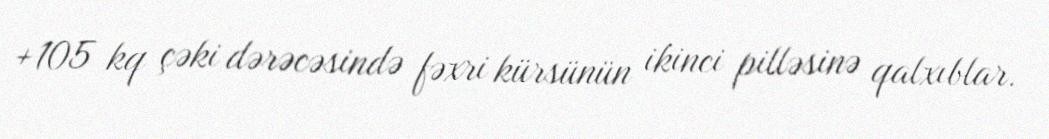
+105 kq çəki dərəcəsində fəxri kürsünün ikinci pilləsinə qalxıblar.